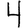
Digit: 4